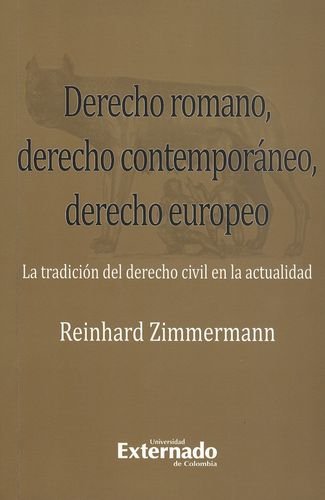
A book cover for Derecho Romano, Derecho ContemporÃ¡neo, Derecho Europeo: La Tradicion Del Derecho Civil En La Actualidad (Spanish Edition); Reinhard Zimmermann; Law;